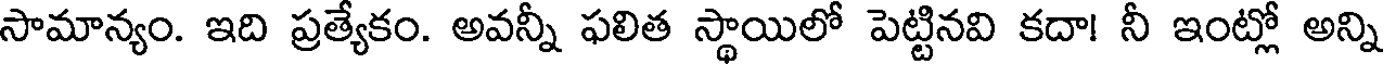
సామాన్యం. ఇది ప్రత్యేకం. అవన్నీ ఫలిత స్థాయిలో పెట్టినవి కదా! నీ ఇంట్లో అన్ని